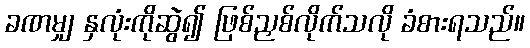
ခဏမျှ နှလုံးကိုဆွဲ၍ ဖြစ်ညှစ်လိုက်သလို ခံစားရသည်။